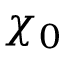
\chi _ { 0 }